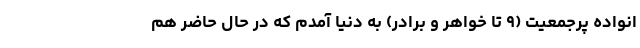
انواده پرجمعیت (۹ تا خواهر و برادر) به دنیا آمدم که در حال حاضر هم